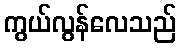
ကွယ်လွန်လေသည်